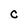
Character: c